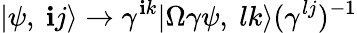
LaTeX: |\psi,\ \mathbf{i}j\rangle\rightarrow\gamma^{\mathbf{i}k}|\Omega\gamma\psi,\ lk\rangle(\gamma^{lj})^{-1}